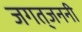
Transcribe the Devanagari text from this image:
जगत्‌जननी